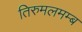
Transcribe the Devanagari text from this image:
तिरुमलमम्ब